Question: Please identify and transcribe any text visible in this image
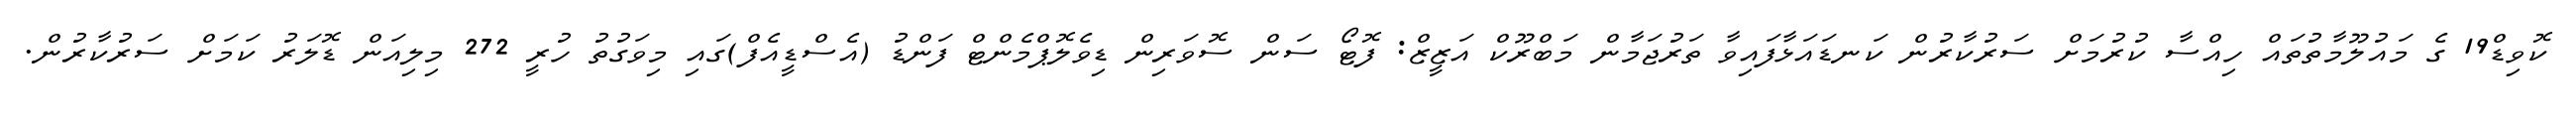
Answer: ކޮވިޑް19 ގެ މައުލޫމާތުތައް ހިއްސާ ކުރުމަށް ސަރުކާރުން ކަނޑައަޅާފައިވާ ތަރުޖަމާން މަބްރޫކް އަޒީޒް: ފޮޓޯ ސަން ސޮވަރިން ޑިވެލޮޕްމެންޓް ފަންޑު (އެސްޑީއެފް)ގައި މިވަގުތު ހުރީ 272 މިލިއަން ޑޮލަރު ކަމަށް ސަރުކާރުން.